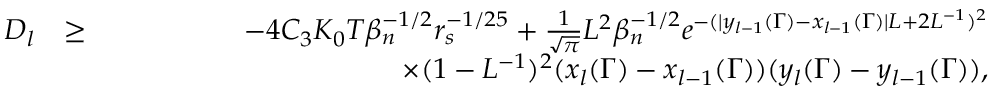
\begin{array} { r l r } { D _ { l } } & { \geq } & { - 4 C _ { 3 } K _ { 0 } T \beta _ { n } ^ { - 1 \slash 2 } r _ { s } ^ { - 1 \slash 2 5 } + \frac { 1 } { \sqrt { \pi } } L ^ { 2 } \beta _ { n } ^ { - 1 \slash 2 } e ^ { - ( | y _ { l - 1 } ( \Gamma ) - x _ { l - 1 } ( \Gamma ) | L + 2 L ^ { - 1 } ) ^ { 2 } } } \\ & { } & { \quad \quad \quad \quad \quad \quad \quad \quad \quad \quad \times ( 1 - L ^ { - 1 } ) ^ { 2 } ( x _ { l } ( \Gamma ) - x _ { l - 1 } ( \Gamma ) ) ( y _ { l } ( \Gamma ) - y _ { l - 1 } ( \Gamma ) ) , } \end{array}